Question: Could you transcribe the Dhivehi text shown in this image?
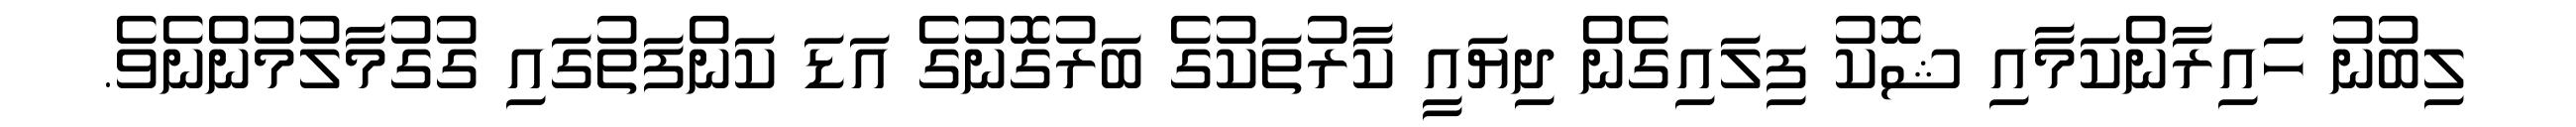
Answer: ލިބުނު ހައިރާންކަމާއި ޝޮކު ފިލައިގެން ދިޔައީ ކާރުތަކުގެ ބަރުގޮނުގެ އަޑަ ކަންފަތުގައި ގުގުމާލުމުންނެވެ.